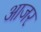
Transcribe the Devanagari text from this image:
आजर